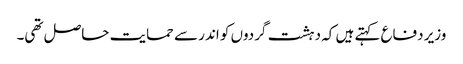
وزیر دفاع کہتے ہیں کہ دہشت گردوں کو اندر سے حمایت حاصل تھی۔